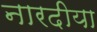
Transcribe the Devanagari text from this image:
नारदीया